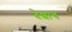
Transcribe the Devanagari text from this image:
देशाच